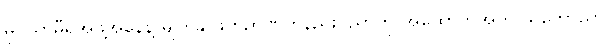
မိုင်ယာမီရဲအဖွဲ့အနေနဲ့ မျက်နှာဖတ်ဉာဏ်တုနည်းပညာကို အထောက်အကူ သဘောသာ